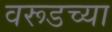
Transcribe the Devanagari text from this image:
वरूडच्या